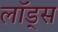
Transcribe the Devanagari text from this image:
लॉड्स